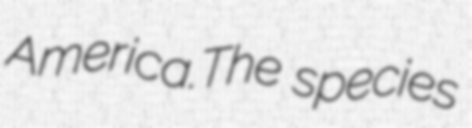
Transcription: America.The species